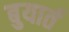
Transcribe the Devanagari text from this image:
बुयार्त